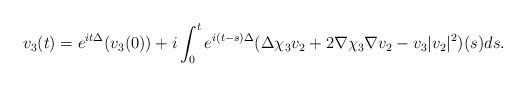
LaTeX: \begin{align*}v_{3}(t)=e^{it\Delta}(v_{3}(0))+i\int_{0}^{t}e^{i(t-s)\Delta}(\Delta \chi_{3} v_{2}+2\nabla \chi_{3}\nabla v_{2}-v_{3}|v_{2}|^{2})(s)ds.\end{align*}